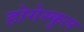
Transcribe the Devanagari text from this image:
होगेस्कूल